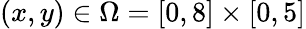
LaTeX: (x,y)\in\Omega=[0,8]\times[0,5]